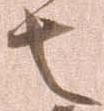
者